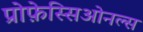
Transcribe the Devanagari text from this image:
प्रोफ़ेस्सिओनल्स